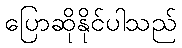
ပြောဆိုနိုင်ပါသည်